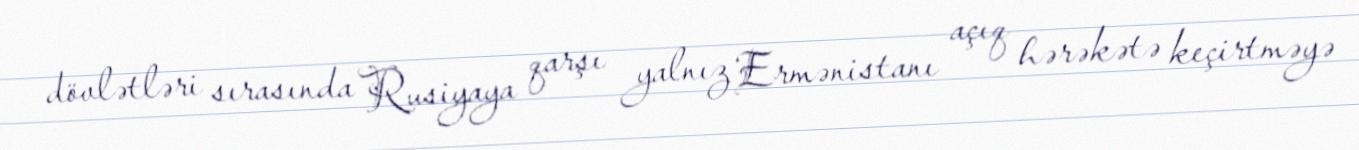
dövlətləri sırasında Rusiyaya qarşı yalnız Ermənistanı açıq hərəkətə keçirtməyə